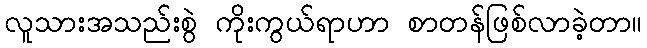
လူသားအသည်းစွဲ ကိုးကွယ်ရာဟာ စာတန်ဖြစ်လာခဲ့တာ။